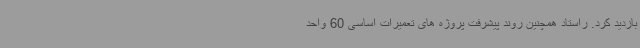
بازدید کرد. راستاد همچنین روند پیشرفت پروژه های تعمیرات اساسی 60 واحد